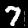
Label: 7